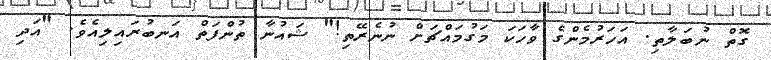
ގޮތް ނުބަލާތި. އަހަރުމެންގެ ވާހަކަ މަގުމައްޗަށް ނުނެރޭތި!" ޝައުނާ ތުންފަތް އަނބުރައިލިއެވެ. "އަދި